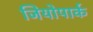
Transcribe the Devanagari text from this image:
जियोपार्क